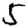
Digit: 5